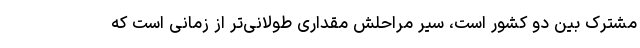
مشترک بین دو کشور است، سیر مراحلش مقداری طولانی‌تر از زمانی است که